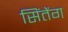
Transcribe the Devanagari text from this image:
सिंतेंग